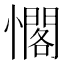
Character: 𭟉